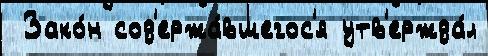
 Зако́н сод'ержа́вшегос'я утв'ержда́л